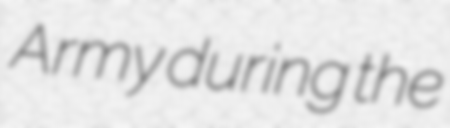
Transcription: Army during the